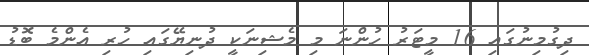
ދިގުމިނުގައި 16 މީޓަރު ހުންނަ މި މެޝިނަކީ ދުނިޔޭގައި ހުރި އެންމެ ބޮޑު